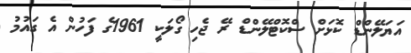
އަޔަލޭންޑް ކޮޅަށް ސްކޮޓްލޭންޑް ރޭ ޖެހި ގޯލަކީ 1961ގެ ފަހުން އެ ގައުމު